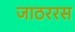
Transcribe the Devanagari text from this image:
जाठररस